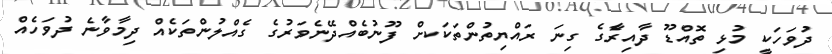
ދުވަހަކީ މުޅި ތޮއްޑޫ ދާއިރެާގެ ގިނަ ރައްޔިތުންތަކަކށް ފޫނުބެއްދޭނެވަރުގެ ގެއްލުންތަކެއް ދިމާވާނެ ދުވަހެއް